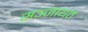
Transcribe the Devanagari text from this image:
सञ्जायते